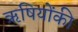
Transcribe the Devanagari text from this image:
ऋषियोंकी